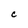
Character: c